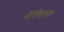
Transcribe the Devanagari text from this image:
अर्थचालक